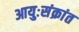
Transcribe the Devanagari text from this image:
आयुःसंक्रांत